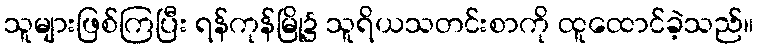
သူများဖြစ်ကြပြီး ရန်ကုန်မြို့၌ သူရိယသတင်းစာကို ထူထောင်ခဲ့သည်။